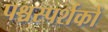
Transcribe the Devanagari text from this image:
पश्चस्पर्शकों